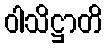
ဝါသိဋ္ဌာတိ